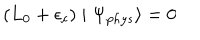
LaTeX: ( L _ { 0 } + \epsilon _ { c } ) \mid \Psi _ { p h y s } \rangle = 0